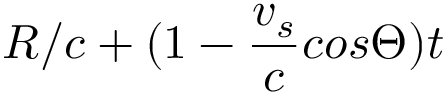
R / c + ( 1 - \frac { v _ { s } } { c } c o s \Theta ) t